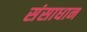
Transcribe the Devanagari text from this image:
संसाधान